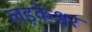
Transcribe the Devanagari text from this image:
लड़केश्वर